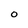
Character: O